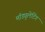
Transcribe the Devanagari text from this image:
मॉड्युलेटिंग